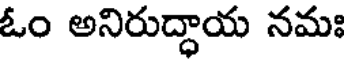
ఓం అనిరుద్ధాయ నమః